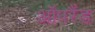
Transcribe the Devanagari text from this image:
ऑपरैंड